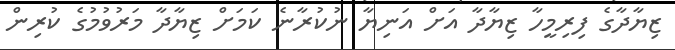
ޒިޔާދާގެ ފިރިމީހާ ޒިޔާދާ އަށް އަނިޔާ ނުކުރާނެ ކަމަށް ޒިޔާދާ މަރުވުމުގެ ކުރިން